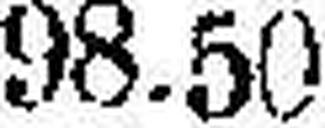
98.50